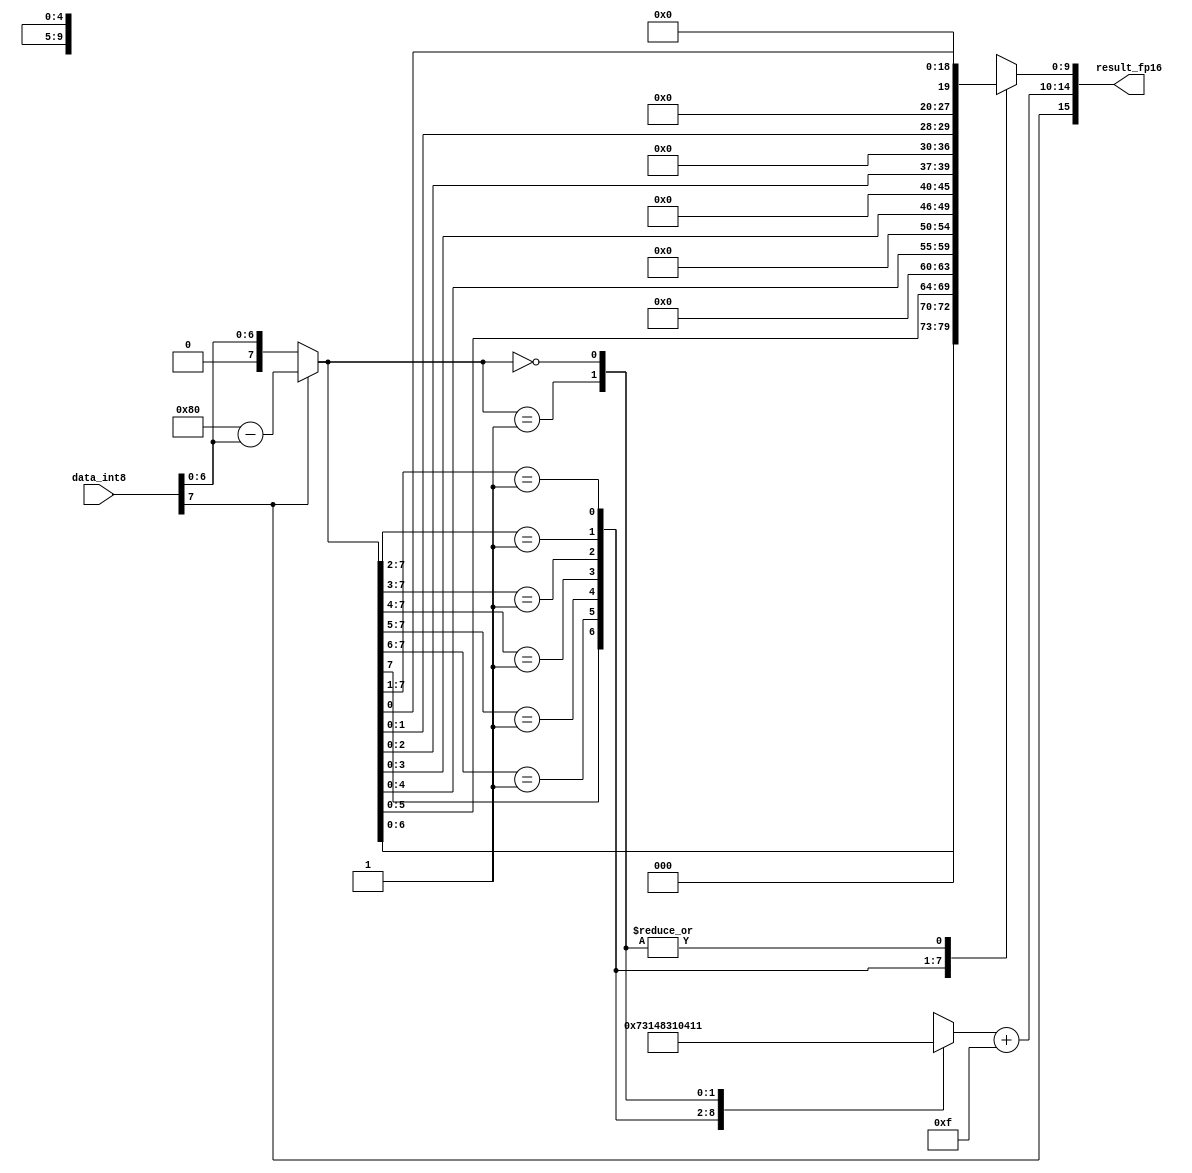
`timescale 1ps/1ps

module int8tofp16(data_int8,result_fp16);

input wire signed [7:0] data_int8;
output wire [15:0]result_fp16;

wire signal_result_fp16;
wire [4:0]exp_result_fp16;
reg [9:0]mantissa_result_fp16;

wire signal_data_int8;
wire [6:0]complement_data_int8;

assign signal_data_int8 = data_int8[7];
assign complement_data_int8 = data_int8[6:0];

reg [7:0]true_form_data_int8;

always @(*)
begin
    if(signal_data_int8 == 1'b0)
    begin
        true_form_data_int8 = {1'b0,complement_data_int8};
    end
    else
    begin
        true_form_data_int8 = 128-complement_data_int8;
    end
end

reg signed [4:0]exp_result_true;

always @(*)
begin
    casex(true_form_data_int8)
        8'b1xxx_xxxx:
        begin
            exp_result_true = 7;
            mantissa_result_fp16 = {true_form_data_int8[6:0],3'b000};
        end   
        8'b01xx_xxxx:
        begin
            exp_result_true = 6;
            mantissa_result_fp16 = {true_form_data_int8[5:0],4'b0000};     
        end
        8'b001x_xxxx:
        begin
            exp_result_true = 5;
            mantissa_result_fp16 = {true_form_data_int8[4:0],5'b00000};     
        end
        8'b0001_xxxx:
        begin
            exp_result_true = 4;
            mantissa_result_fp16 = {true_form_data_int8[3:0],6'b000000}; 
        end
        8'b0000_1xxx:
        begin
            exp_result_true = 3;
            mantissa_result_fp16 = {true_form_data_int8[2:0],7'b0000000}; 
        end
        8'b0000_01xx:
        begin
            exp_result_true = 2;
            mantissa_result_fp16 = {true_form_data_int8[1:0],8'b00000000}; 
        end
        8'b0000_001x:
        begin
            exp_result_true = 1;
            mantissa_result_fp16 = {true_form_data_int8[0],9'b000000000}; 
        end
        8'b0000_0001:
        begin
            exp_result_true = 0;
            mantissa_result_fp16 = 10'b000000000; 
        end
        8'b0000_0000:
        begin
            exp_result_true = -15;
            mantissa_result_fp16 = 10'b000000000; 
        end
        default:
        begin
            exp_result_true = 0;
            mantissa_result_fp16 = 10'b000000000; 
        end
    endcase
end

assign signal_result_fp16 = signal_data_int8;
assign exp_result_fp16 = exp_result_true+15;
assign result_fp16 = {signal_result_fp16,exp_result_fp16,mantissa_result_fp16};

endmodule